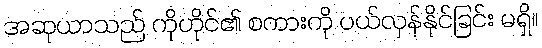
အဆုယာသည် ကိုဟိုင်၏ စကားကို ပယ်လှန်နိုင်ခြင်း မရှိ။